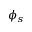
\phi _ { s }